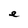
Character: e